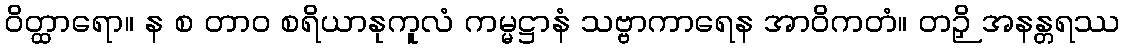
ဝိတ္ထာရော။ န စ တာဝ စရိယာနုကူလံ ကမ္မဋ္ဌာနံ သဗ္ဗာကာရေန အာဝိကတံ။ တဉှိ အနန္တရဿ